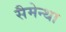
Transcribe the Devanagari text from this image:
सैमेन्था